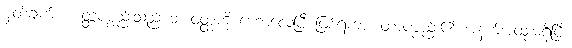
မှတ်ချက်။ ။ တ္တပစ္စည်းသည် ဘာဝတ္ထကို ဟောလေပြီ ဖြစ်ရကား တာပစ္စည်း၏ အနက်အထူးမရှိပြီ။